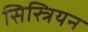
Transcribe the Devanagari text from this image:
सिस्त्रियन